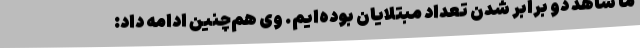
ما شاهد دو برابر شدن تعداد مبتلایان بوده‌ایم. وی هم‌چنین ادامه داد: